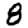
Digit: 8